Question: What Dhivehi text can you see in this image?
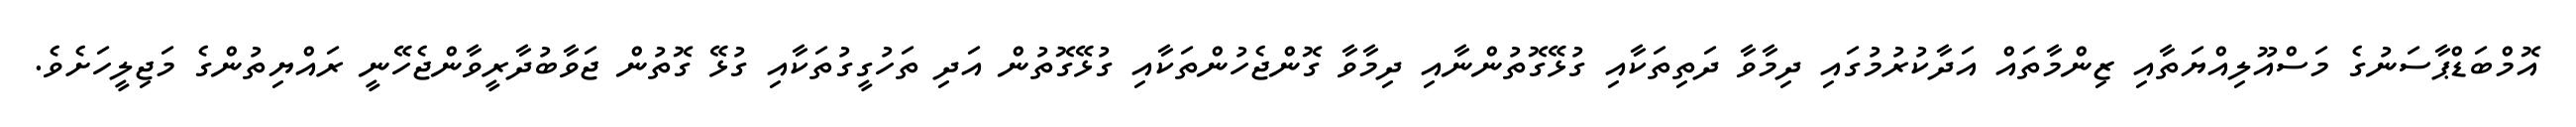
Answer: އޮމްބަޑްޕާސަނުގެ މަސްއޫލިއްޔަތާއި ޒިންމާތައް އަދާކުރުމުގައި ދިމާވާ ދަތިތަކާއި ގުޅޭގޮތުންނާއި ދިމާވާ ގޮންޖެހުންތަކާއި ގުޅޭގޮތުން އަދި ތަހުގީގުތަކާއި ގުޅޭ ގޮތުން ޖަވާބުދާރީވާންޖެހޭނީ ރައްޔިތުންގެ މަޖިލީހަށެވެ.